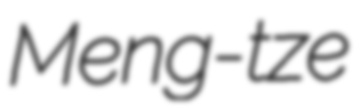
Meng-tze